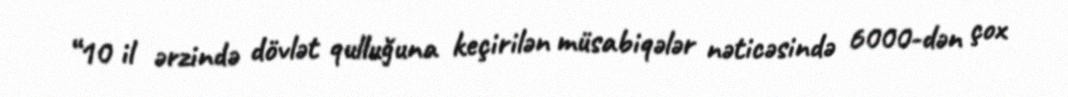
“10 il ərzində dövlət qulluğuna keçirilən müsabiqələr nəticəsində 6000-dən çox